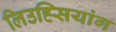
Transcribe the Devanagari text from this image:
लिउह्सियांग